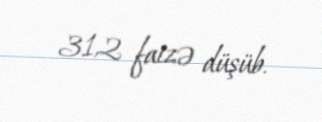
31,2 faizə düşüb.